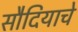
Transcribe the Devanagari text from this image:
सौदियाचे